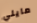
مايلي